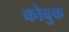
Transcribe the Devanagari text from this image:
कोबुक